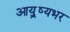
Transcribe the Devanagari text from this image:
आयु़्ष्यभर